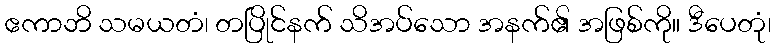
ဧကာဘိ သမယတံ၊ တပြိုင်နက် သိအပ်သော အနက်၏ အဖြစ်ကို။ ဒီပေတုံ၊